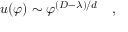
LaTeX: u ( \varphi ) \sim \varphi ^ { ( D - \lambda ) / d } \quad ,